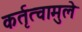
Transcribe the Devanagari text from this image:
कर्तृत्वामुले